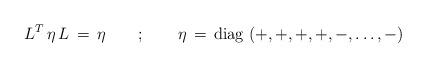
LaTeX: \begin{align*}L^T \, \eta \, L \, = \, \eta \qquad ; \qquad \eta \, = \,\mbox{diag} \, \left ( +,+,+,+,-,\dots,- \right )\end{align*}